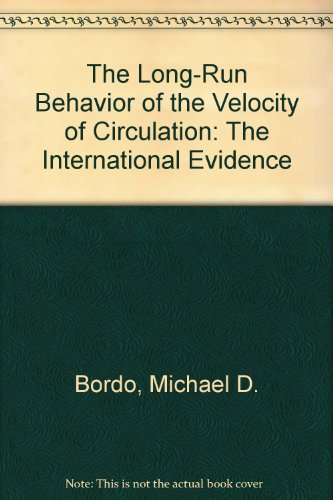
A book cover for The Long-Run Behavior of the Velocity of Circulation: The International Evidence; Michael D. Bordo; Business & Money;